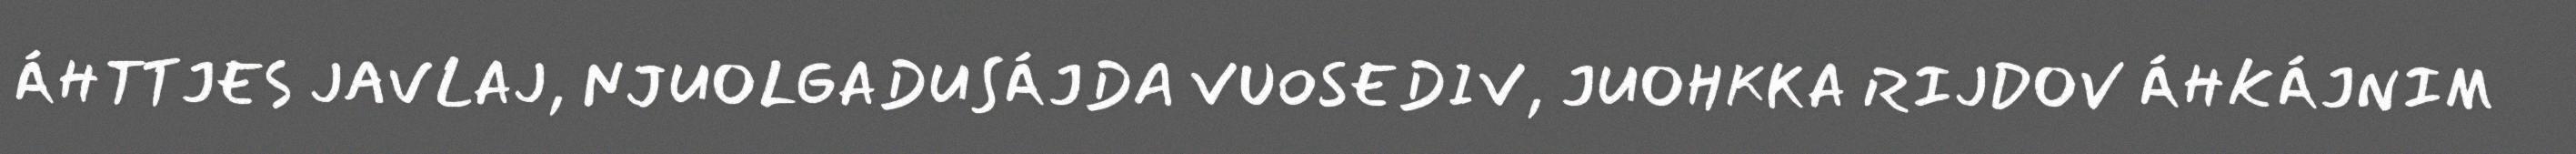
ÁHTTJES JAVLAJ, NJUOLGADUSÁJDA VUOSEDIV, JUOHKKA RIJDOV ÁHKÁJNIM